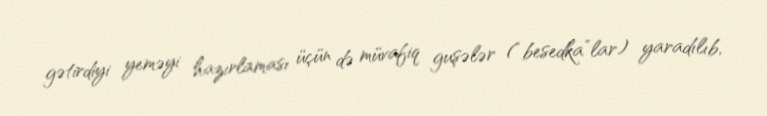
gətirdiyi yeməyi hazırlaması üçün də müvafiq guşələr (“besedka”lar) yaradılıb,